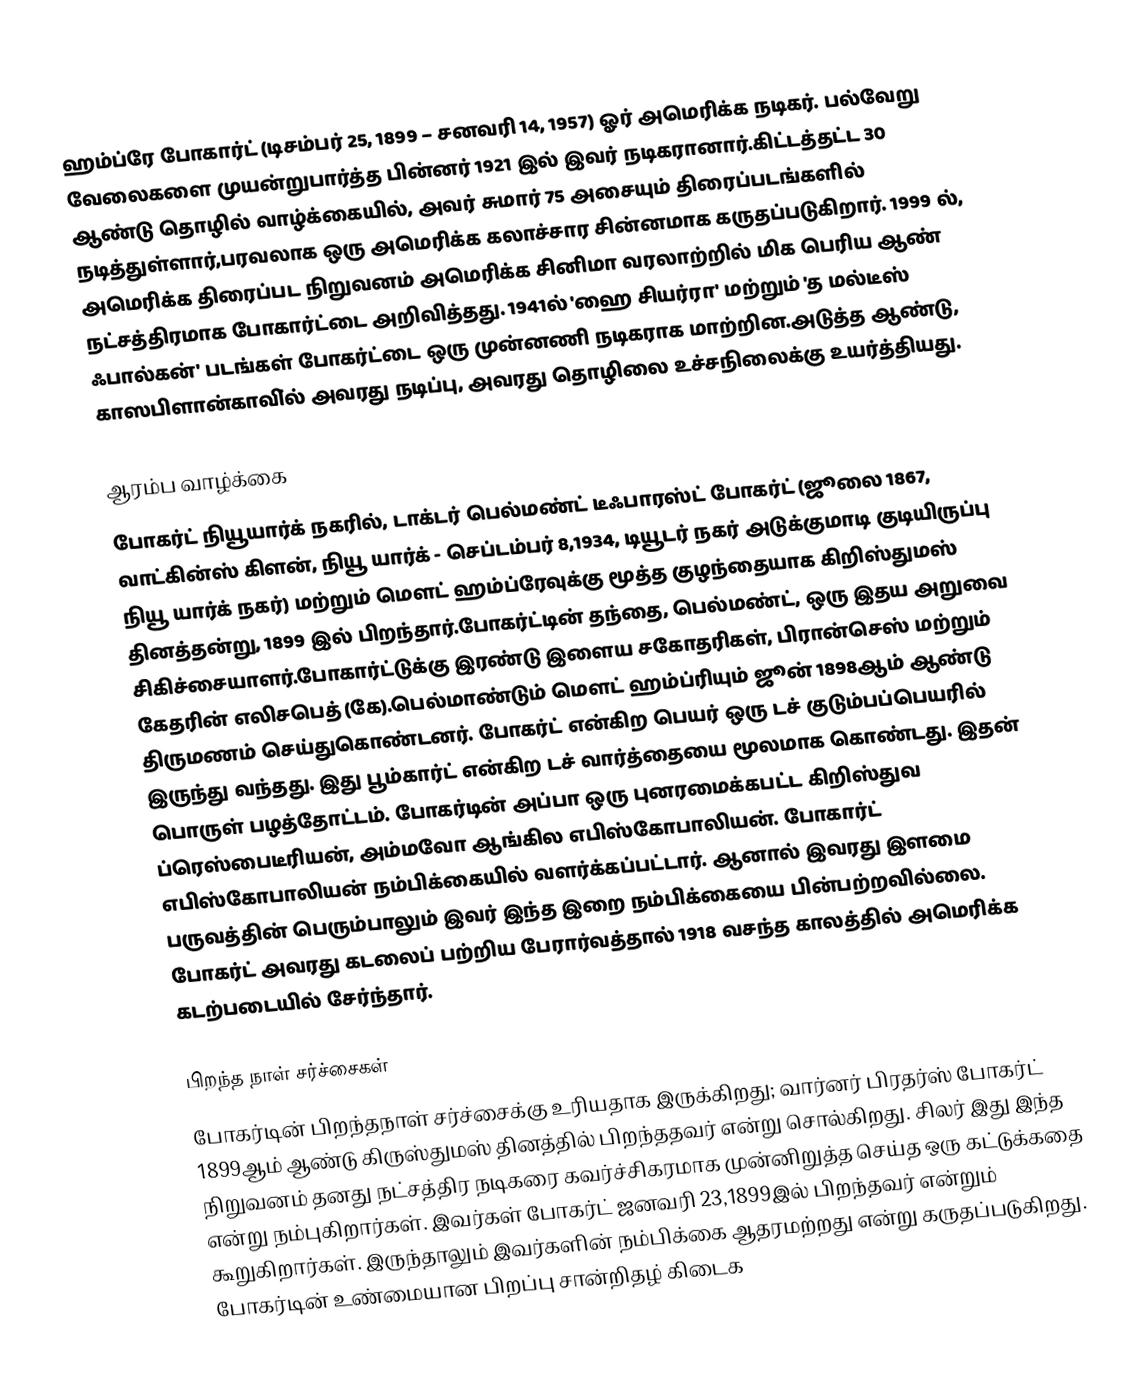
ஹம்ப்ரே போகார்ட் (டிசம்பர் 25, 1899 – சனவரி 14, 1957) ஓர் அமெரிக்க நடிகர். பல்வேறு வேலைகளை முயன்றுபார்த்த பின்னர் 1921 இல் இவர் நடிகரானார்.கிட்டத்தட்ட 30 ஆண்டு தொழில் வாழ்க்கையில், அவர் சுமார் 75 அசையும் திரைப்படங்களில் நடித்துள்ளார்,பரவலாக ஒரு அமெரிக்க கலாச்சார சின்னமாக கருதப்படுகிறார். 1999 ல், அமெரிக்க திரைப்பட நிறுவனம் அமெரிக்க சினிமா வரலாற்றில் மிக பெரிய ஆண் நட்சத்திரமாக போகார்ட்டை அறிவித்தது. 1941ல் 'ஹை சியர்ரா' மற்றும் 'த மல்டீஸ் ஃபால்கன்' படங்கள் போகர்ட்டை ஒரு முன்னணி நடிகராக மாற்றின.அடுத்த ஆண்டு, காஸபிளான்காவி்ல் அவரது நடிப்பு, அவரது தொழிலை உச்சநிலைக்கு உயர்த்தியது.

ஆரம்ப வாழ்க்கை
போகர்ட் நியூயார்க் நகரில், டாக்டர் பெல்மண்ட் டீஃபாரஸ்ட் போகர்ட் (ஜூலை 1867, வாட்கின்ஸ் கிளன், நியூ யார்க் - செப்டம்பர் 8,1934,  டியூடர் நகர் அடுக்குமாடி குடியிருப்பு நியூ யார்க் நகர்) மற்றும் மௌட் ஹம்ப்ரேவுக்கு மூத்த குழந்தையாக கிறிஸ்துமஸ் தினத்தன்று, 1899 இல் பிறந்தார்.போகர்ட்டின் தந்தை, பெல்மண்ட், ஒரு இதய அறுவை சிகிச்சையாளர்.போகார்ட்டுக்கு இரண்டு இளைய சகோதரிகள், பிரான்செஸ் மற்றும் கேதரின் எலிசபெத் (கே).பெல்மாண்டும் மௌட் ஹம்ப்ரியும் ஜூன் 1898ஆம் ஆண்டு திருமணம் செய்துகொண்டனர். போகர்ட் என்கிற பெயர் ஒரு டச் குடும்பப்பெயரில் இருந்து வந்தது. இது பூம்கார்ட் என்கிற டச் வார்த்தையை மூலமாக கொண்டது. இதன் பொருள் பழத்தோட்டம். போகர்டின் அப்பா ஒரு புனரமைக்கபட்ட கிறிஸ்துவ ப்ரெஸ்பைடீரியன், அம்மவோ ஆங்கில எபிஸ்கோபாலியன். போகார்ட் எபிஸ்கோபாலியன் நம்பிக்கையில் வளர்க்கப்பட்டார். ஆனால் இவரது இளமை பருவத்தின் பெரும்பாலும் இவர் இந்த இறை நம்பிக்கையை பின்பற்றவில்லை. போகர்ட் அவரது கடலைப் பற்றிய பேரார்வத்தால் 1918 வசந்த காலத்தில் அமெரிக்க கடற்படையில் சேர்ந்தார்.

பிறந்த நாள் சர்ச்சைகள்
போகர்டின் பிறந்தநாள் சர்ச்சைக்கு உரியதாக இருக்கிறது; வார்னர் பிரதர்ஸ்  போகர்ட் 1899ஆம் ஆண்டு கிருஸ்துமஸ் தினத்தில் பிறந்ததவர் என்று சொல்கிறது. சிலர் இது இந்த நிறுவனம் தனது நட்சத்திர நடிகரை கவர்ச்சிகரமாக முன்னிறுத்த செய்த ஒரு கட்டுக்கதை என்று நம்புகிறார்கள். இவர்கள் போகர்ட் ஜனவரி 23,1899இல் பிறந்தவர் என்றும் கூறுகிறார்கள். இருந்தாலும் இவர்களின் நம்பிக்கை ஆதரமற்றது என்று கருதப்படுகிறது. போகர்டின் உண்மையான பிறப்பு சான்றிதழ் கிடைக